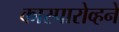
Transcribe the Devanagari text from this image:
कास्पारोव्हने